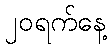
၂၀ရက်နေ့